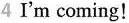
4 I'm coming!